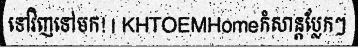
ទៅវិញទៅមក! | KHTOEMHomeកំសាន្តប្លែកៗ